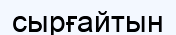
сырғайтын